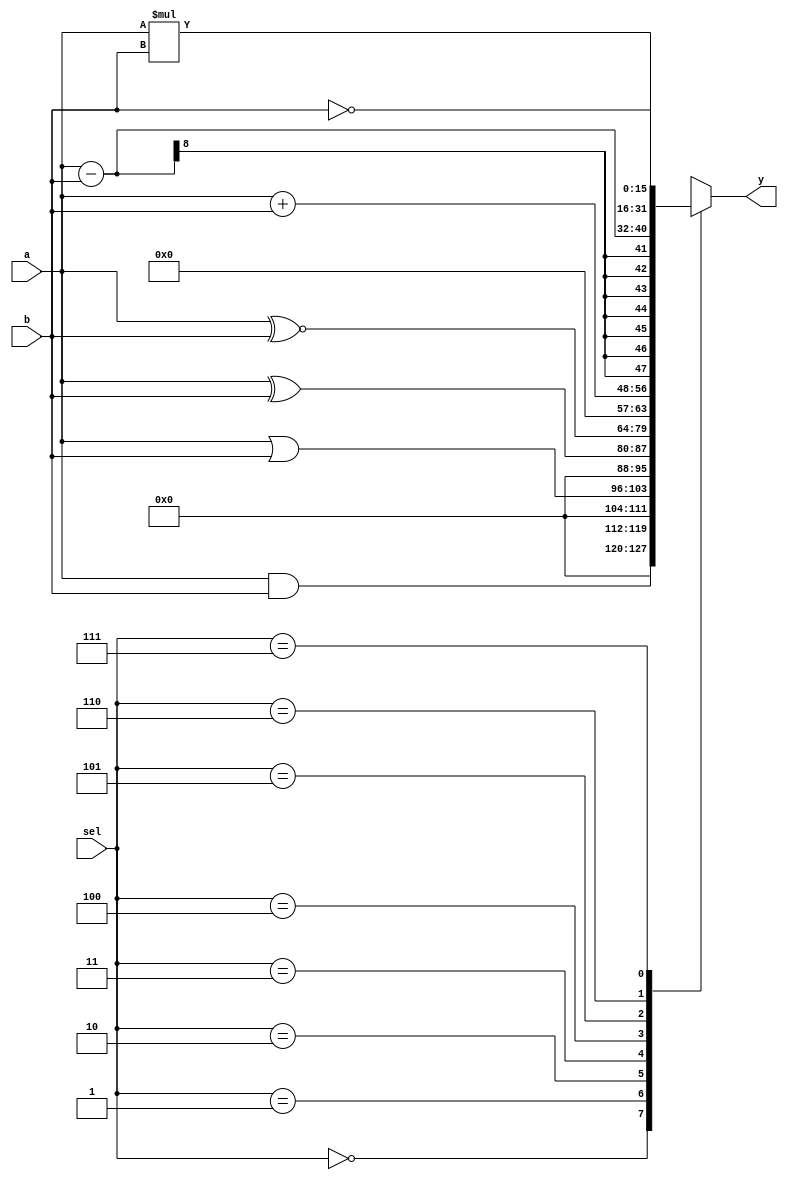
module alu(a,b,sel,y);
input [7:0]a,b;
input[2:0]sel;
output [15:0]y;
reg [15:0]y;
always @(a or b or sel)
case(sel)
3'b000: y = a&b;
3'b001: y = a|b;
3'b010: y = a^b;
3'b011: y = a~^b;
3'b100: y = a+b; 
3'b101: y = a-b;
3'b110: y = a*b;
3'b111: y = ~b;
endcase
endmodule